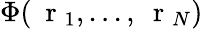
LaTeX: \Phi(\mathrm{~\mathbf~r~}_{1},...,\mathrm{~\mathbf~r~}_{N})